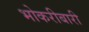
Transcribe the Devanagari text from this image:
भोकरीबारी